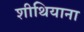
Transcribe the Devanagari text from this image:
शीथियाना